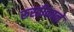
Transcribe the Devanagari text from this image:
रूस्तीकाने